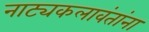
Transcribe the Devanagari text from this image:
नाट्यकलावंतांना